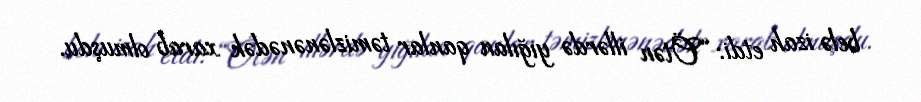
belə izah etdi: “Ötən illərdə yığılan qanlar təmizlənənədək xarab olmuşdu.